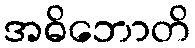
အဓိဘောတိ